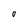
Character: O